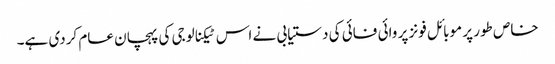
خاص طور پر موبائل فونز پر وائی فائی کی دستیابی نے اس ٹیکنالوجی کی پہچان عام کردی ہے۔